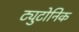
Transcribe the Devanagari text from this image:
ट्युटोनिक